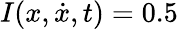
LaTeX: I(x,\dot{x},t)=0.5